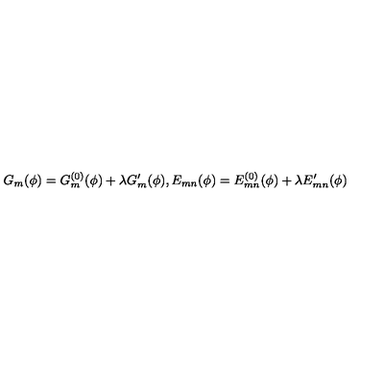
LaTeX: G _ { m } ( \phi ) = G _ { m } ^ { ( 0 ) } ( \phi ) + \lambda G _ { m } ^ { \prime } ( \phi ) , E _ { m n } ( \phi ) = E _ { m n } ^ { ( 0 ) } ( \phi ) + \lambda E _ { m n } ^ { \prime } ( \phi )